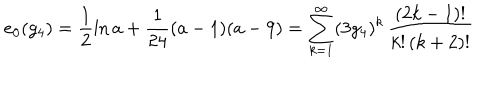
LaTeX: e _ { 0 } ( g _ { 4 } ) = \frac { 1 } { 2 } \ln a + \frac { 1 } { 2 4 } ( a - 1 ) ( a - 9 ) = \sum _ { k = 1 } ^ { \infty } ( 3 g _ { 4 } ) ^ { k } \, \frac { ( 2 k - 1 ) ! } { k ! \, ( k + 2 ) ! }